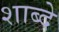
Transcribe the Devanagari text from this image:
शाब्दे